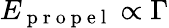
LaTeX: E_{\mathrm{~p~r~o~p~e~l~}}\propto\Gamma